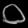
Digit: ၀